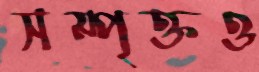
সম্পৃক্তও